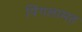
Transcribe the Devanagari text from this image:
पिंगलामत